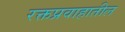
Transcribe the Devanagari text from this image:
रक्तप्रवाहातील